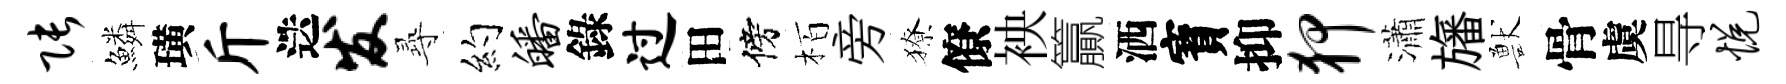
张鱗璜斤迭发𡬶约皤錄过田傍栢旁獠僚䘧籯洒寳抑狎瀟旛獸骨虞㝵悦